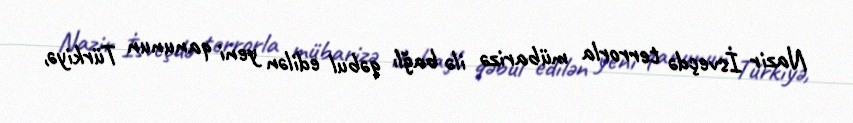
Nazir İsveçdə terrorla mübarizə ilə bağlı qəbul edilən yeni qanunun Türkiyə,